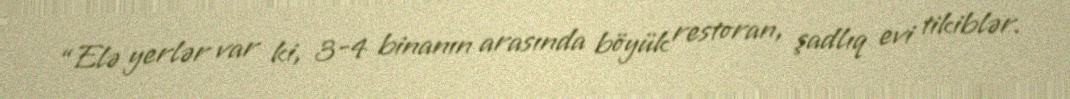
“Elə yerlər var ki, 3-4 binanın arasında böyük restoran, şadlıq evi tikiblər.